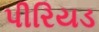
પીરિયડ